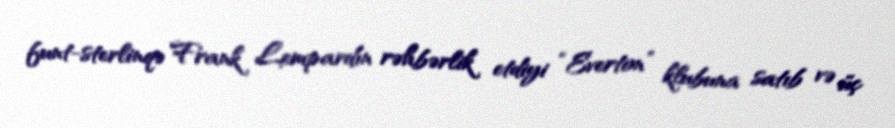
funt-sterlinqə Frank Lempardın rəhbərlik etdiyi “Everton” klubuna satıb və üç